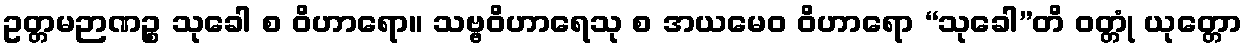
ဥတ္တမဉာဏဉ္စ သုခေါ စ ဝိဟာရော။ သဗ္ဗဝိဟာရေသု စ အယမေဝ ဝိဟာရော “သုခေါ”တိ ဝတ္တုံ ယုတ္တော